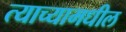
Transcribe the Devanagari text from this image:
त्याच्यामधील